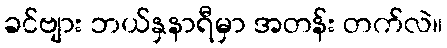
ခင်ဗျား ဘယ်နှနာရီမှာ အတန်း တက်လဲ။